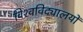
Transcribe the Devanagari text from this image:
विश्‍वविद्यालयों